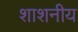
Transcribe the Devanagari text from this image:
शाशनीय